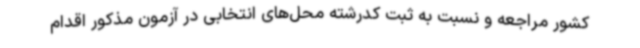
کشور مراجعه و نسبت به ثبت کدرشته محل‌های انتخابی در آزمون مذکور اقدام